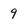
Character: 9